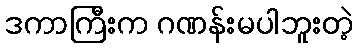
ဒကာကြီးက ဂဏန်းမပါဘူးတဲ့